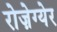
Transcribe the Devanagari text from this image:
रोज़ेग्येर